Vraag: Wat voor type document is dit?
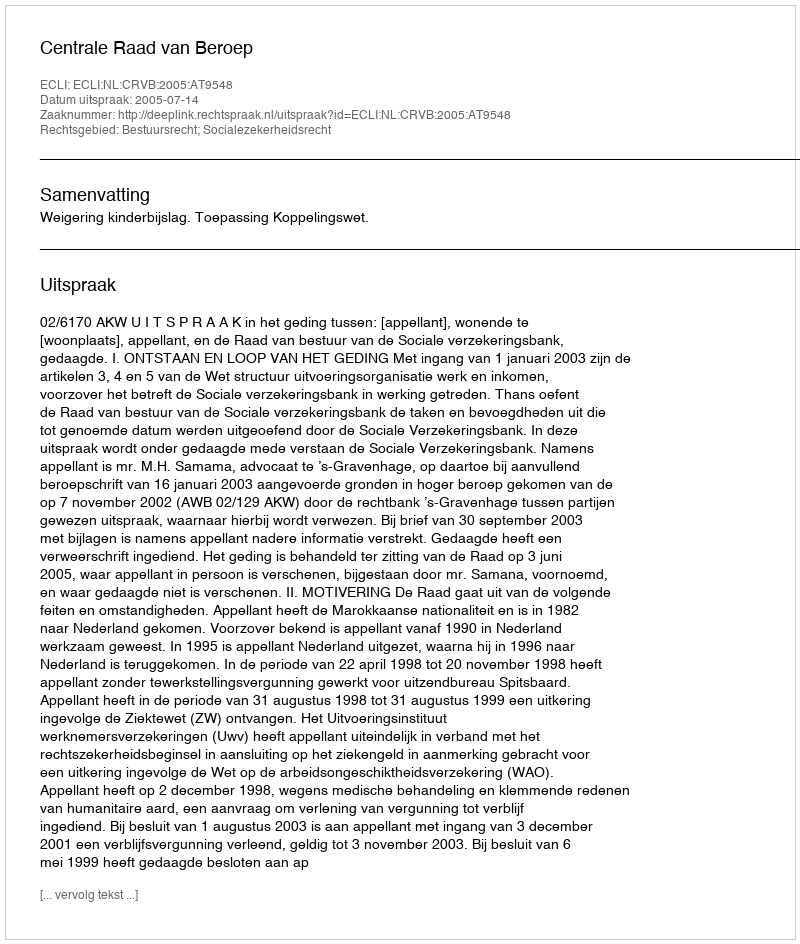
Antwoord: Uitspraak